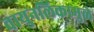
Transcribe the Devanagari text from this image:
वायुनलिकामुळे